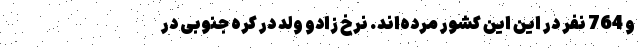
و 764 نفر در این این کشور مرده‌اند. نرخ زادو ولد در کره جنوبی در